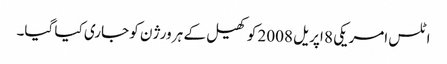
اٹلس امریکی 8 اپریل 2008 کو کھیل کے ہر ورژن کو جاری کیا گیا۔